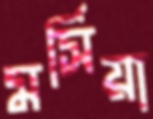
মর্সিয়া